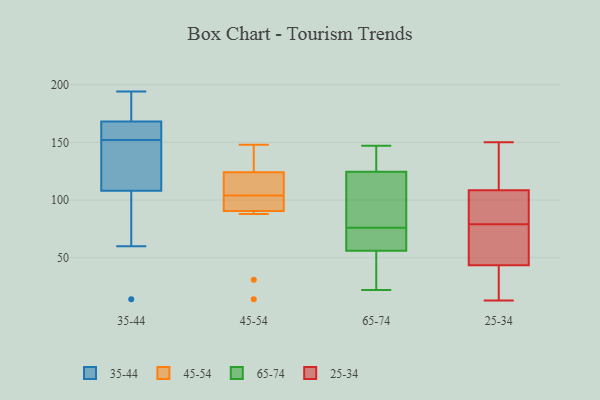
{"axis": {"x": "Inventory Turnover", "y": "Value"}, "legend": ["25-34", "35-44", "45-54", "65-74"], "data": [{"x": "", "y": 117, "type": "35-44"}, {"x": "", "y": 177, "type": "35-44"}, {"x": "", "y": 161, "type": "35-44"}, {"x": "", "y": 108, "type": "35-44"}, {"x": "", "y": 152, "type": "35-44"}, {"x": "", "y": 72, "type": "35-44"}, {"x": "", "y": 168, "type": "35-44"}, {"x": "", "y": 176, "type": "35-44"}, {"x": "", "y": 62, "type": "35-44"}, {"x": "", "y": 152, "type": "35-44"}, {"x": "", "y": 174, "type": "35-44"}, {"x": "", "y": 119, "type": "35-44"}, {"x": "", "y": 14, "type": "35-44"}, {"x": "", "y": 194, "type": "35-44"}, {"x": "", "y": 156, "type": "35-44"}, {"x": "", "y": 118, "type": "35-44"}, {"x": "", "y": 60, "type": "35-44"}, {"x": "", "y": 161, "type": "35-44"}, {"x": "", "y": 98, "type": "45-54"}, {"x": "", "y": 31, "type": "45-54"}, {"x": "", "y": 111, "type": "45-54"}, {"x": "", "y": 102, "type": "45-54"}, {"x": "", "y": 14, "type": "45-54"}, {"x": "", "y": 88, "type": "45-54"}, {"x": "", "y": 121, "type": "45-54"}, {"x": "", "y": 104, "type": "45-54"}, {"x": "", "y": 125, "type": "45-54"}, {"x": "", "y": 146, "type": "45-54"}, {"x": "", "y": 148, "type": "45-54"}, {"x": "", "y": 87, "type": "65-74"}, {"x": "", "y": 108, "type": "65-74"}, {"x": "", "y": 55, "type": "65-74"}, {"x": "", "y": 78, "type": "65-74"}, {"x": "", "y": 74, "type": "65-74"}, {"x": "", "y": 57, "type": "65-74"}, {"x": "", "y": 141, "type": "65-74"}, {"x": "", "y": 68, "type": "65-74"}, {"x": "", "y": 146, "type": "65-74"}, {"x": "", "y": 24, "type": "65-74"}, {"x": "", "y": 22, "type": "65-74"}, {"x": "", "y": 147, "type": "65-74"}, {"x": "", "y": 52, "type": "25-34"}, {"x": "", "y": 32, "type": "25-34"}, {"x": "", "y": 45, "type": "25-34"}, {"x": "", "y": 39, "type": "25-34"}, {"x": "", "y": 13, "type": "25-34"}, {"x": "", "y": 85, "type": "25-34"}, {"x": "", "y": 98, "type": "25-34"}, {"x": "", "y": 143, "type": "25-34"}, {"x": "", "y": 104, "type": "25-34"}, {"x": "", "y": 79, "type": "25-34"}, {"x": "", "y": 150, "type": "25-34"}, {"x": "", "y": 106, "type": "25-34"}, {"x": "", "y": 62, "type": "25-34"}, {"x": "", "y": 45, "type": "25-34"}, {"x": "", "y": 149, "type": "25-34"}, {"x": "", "y": 17, "type": "25-34"}, {"x": "", "y": 116, "type": "25-34"}]}